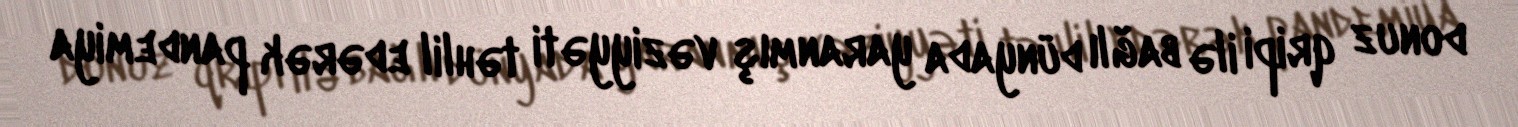
donuz qripi ilə bağlı dünyada yaranmış vəziyyəti təhlil edərək pandemiya